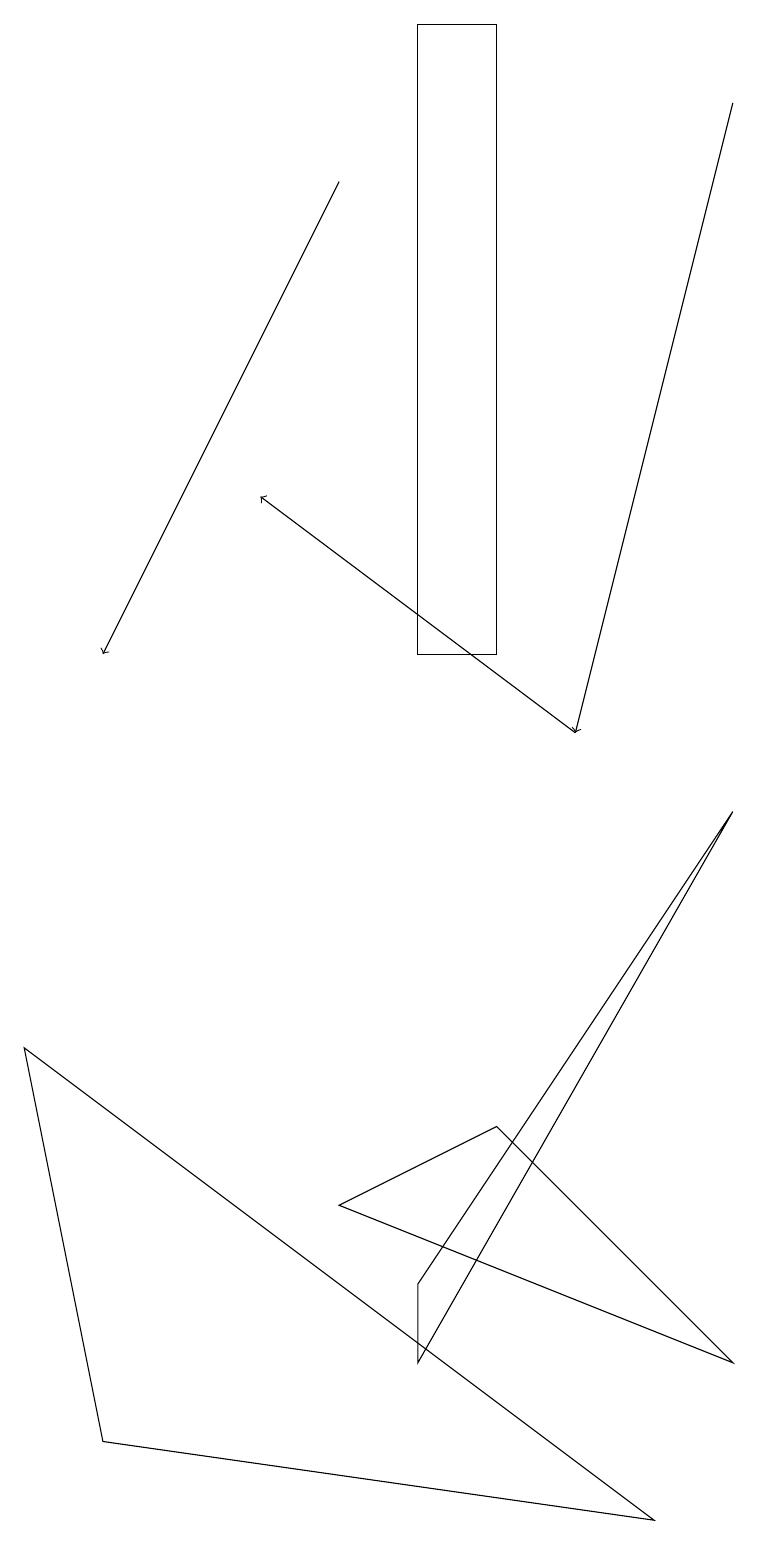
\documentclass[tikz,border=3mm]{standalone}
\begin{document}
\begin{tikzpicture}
\draw (5,19) rectangle (6,11);
\draw (9,9) -- (5,2) -- (5,3) -- cycle;
\draw[->] (9,18) -- (7,10);
\draw (1,1) -- (0,6) -- (8,0) -- cycle;
\draw[->] (4,17) -- (1,11);
\draw (4,4) -- (9,2) -- (6,5) -- cycle;
\draw[->] (7,10) -- (3,13);
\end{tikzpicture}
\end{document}